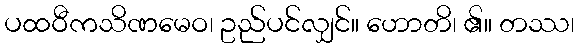
ပထဝီကသိဏမေဝ၊ ဥည်ပင်လျှင်။ ဟောတိ၊ ၏။ တဿ၊